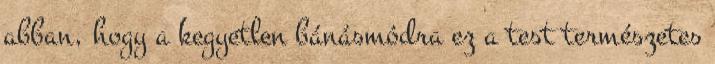
abban, hogy a kegyetlen bánásmódra ez a test természetes